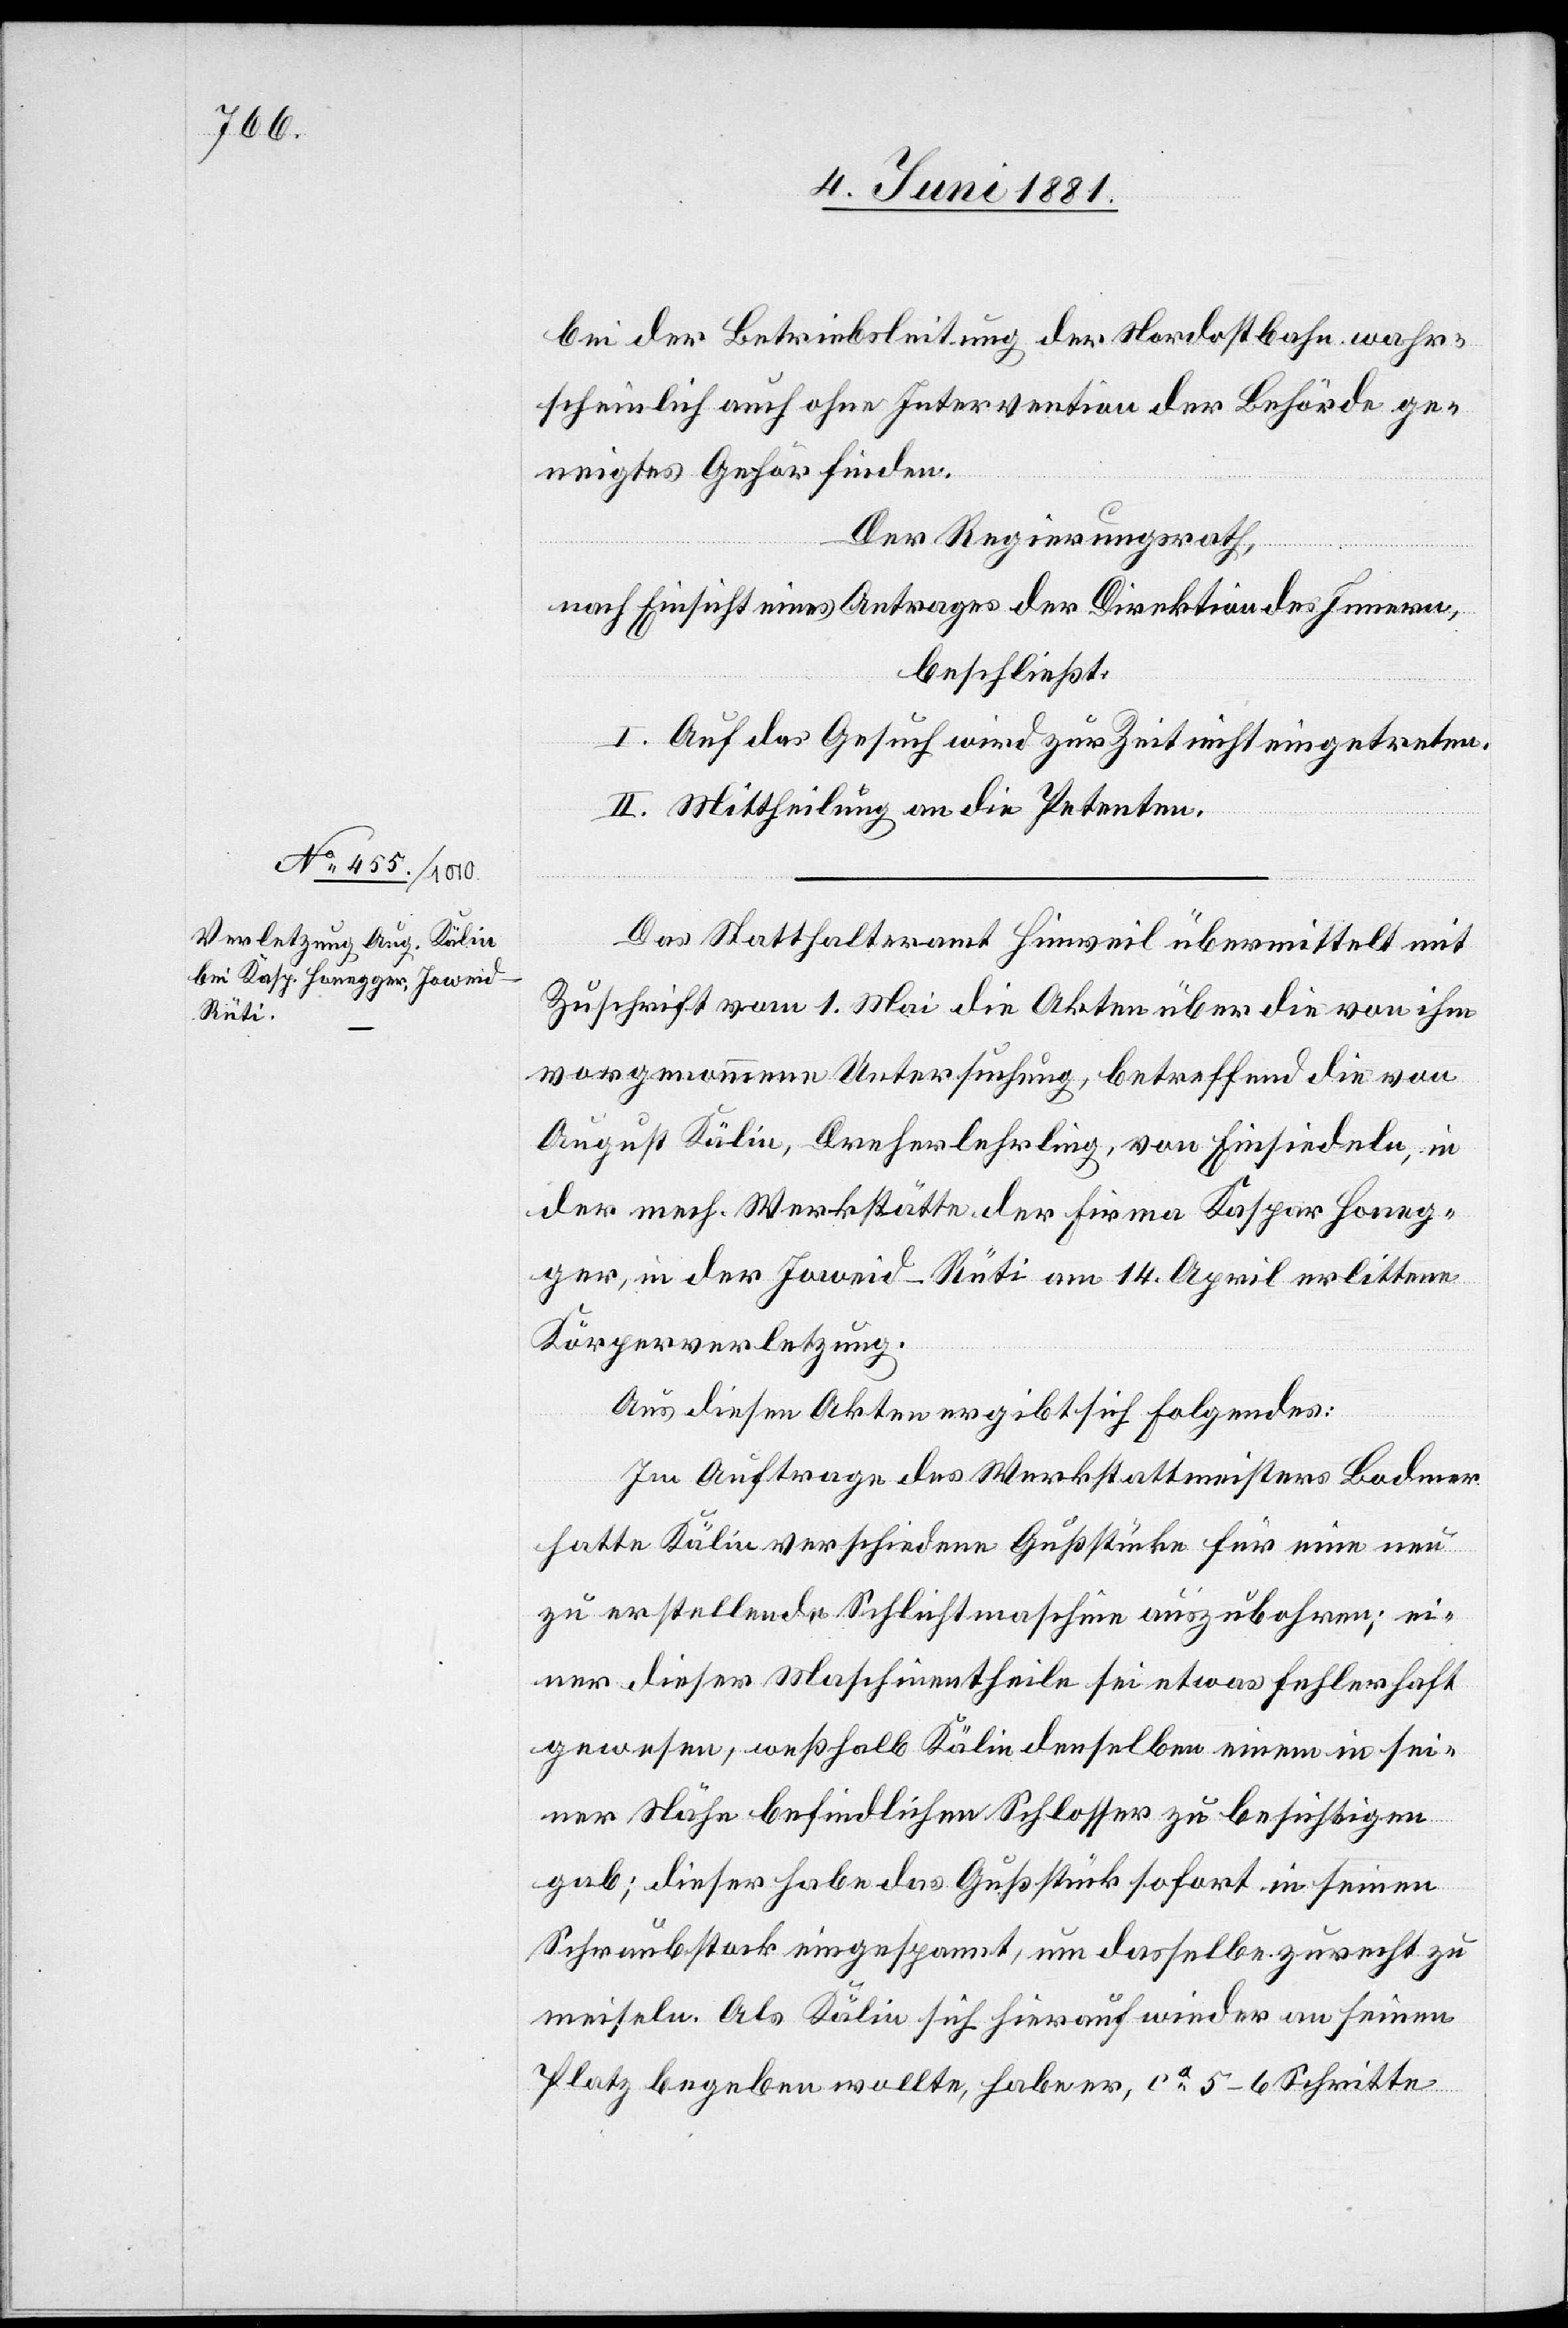
bei der Betriebsleitung der Nordostbahn wahr¬
scheinlich auch ohne Intervention der Behörde ge¬
neigtes Gehör finden.
Der Regierungsrath,
nach Einsicht eines Antrages der Direktion des Innern,
beschließt:
I. Auf das Gesuch wird zur Zeit nicht eingetreten.
II. Mittheilung an die Petenten.
Das Statthalteramt Hinweil übermittelt mit
Zuschrift vom 1. Mai die Akten über die von ihm
vorgenommenen Untersuchung, betreffend eine von
August Kälin, Dreherlehrling, von Einsiedeln in
der mech. Werkstätte der Firma Kaspar Honeg¬
ger, in der Joweid - Rüti am 14. April erlittene
Körperverletzung.
Aus diesen Akten ergibt sich folgendes:
Im Auftrage des Werkstattmeisters Bodmer
hatte Kälin verschiedene Gußstücke für eine neu
zu erstellende Schlichtmaschine auszubohren; ei¬
ner dieser Maschinentheile sei etwas fehlerhaft
gewesen, weshalb Kälin denselben einem in sei¬
ner Nähe befindlichen Schlosser zu besichtigen
gab; dieser habe das Gußstück sofort in seinen
Schraubstock eingespannt, um dasselbe zurecht zu
meiseln. Als Kälin sich hierauf wieder an seinen
Platz begeben wollte, habe er, ca 5–6 Schritte